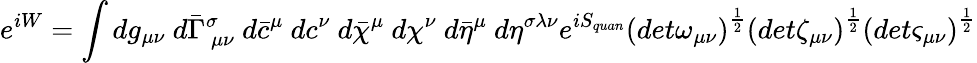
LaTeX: e^{iW}=\int dg_{\mu\nu}~d\bar{\Gamma}_{~\mu\nu}^{\sigma}~d\bar{c}^{\mu}~dc^{\nu}~d\bar{\chi}^{\mu}~d\chi^{\nu}~d\bar{\eta}^{\mu}~d\eta^{\sigma\lambda\nu}e^{iS_{quan}}\left(det\omega_{\mu\nu}\right)^{\frac{1}{2}}\left(det\zeta_{\mu\nu}\right)^{\frac{1}{2}}\left(det\varsigma_{\mu\nu}\right)^{\frac{1}{2}}